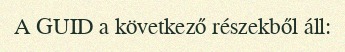
A GUID a következő részekből áll: